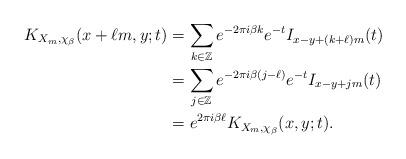
LaTeX: \begin{align*}K_{X_{m},\chi_{\beta}}(x+\ell m,y;t)&= \sum_{k\in \mathbb{Z}} e^{-2\pi i \beta k} e^{-t} I_{x-y+(k+\ell)m}(t)\\ &= \sum_{j\in \mathbb{Z}} e^{-2\pi i \beta (j-\ell)} e^{-t} I_{x-y+jm}(t)\\&= e^{2\pi i \beta\ell}K_{X_{m},\chi_{\beta}}(x,y;t).\end{align*}